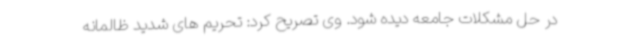
در حل مشکلات جامعه دیده شود. وی تصریح کرد: تحریم های شدید ظالمانه